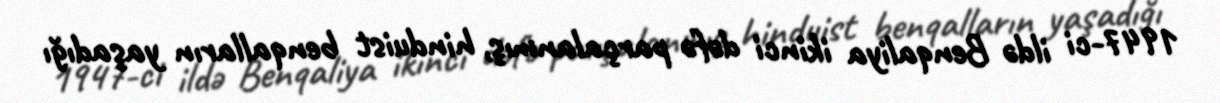
1947-ci ildə Benqaliya ikinci dəfə parçalanmış, hinduist benqalların yaşadığı